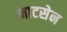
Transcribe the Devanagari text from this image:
नाटसेन